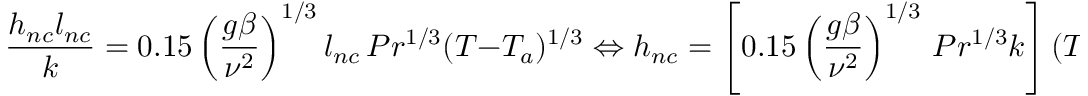
\frac { h _ { n c } l _ { n c } } { k } = 0 . 1 5 \left( \frac { g \beta } { \nu ^ { 2 } } \right) ^ { 1 / 3 } l _ { n c } \, P r ^ { 1 / 3 } ( T - T _ { a } ) ^ { 1 / 3 } \Leftrightarrow h _ { n c } = \left[ 0 . 1 5 \left( \frac { g \beta } { \nu ^ { 2 } } \right) ^ { 1 / 3 } \, P r ^ { 1 / 3 } k \right] ( T - T _ { a } ) ^ { 1 / 3 } .